Annual report on the working of the lock hospitals in the North-Western Provinces and Oudh
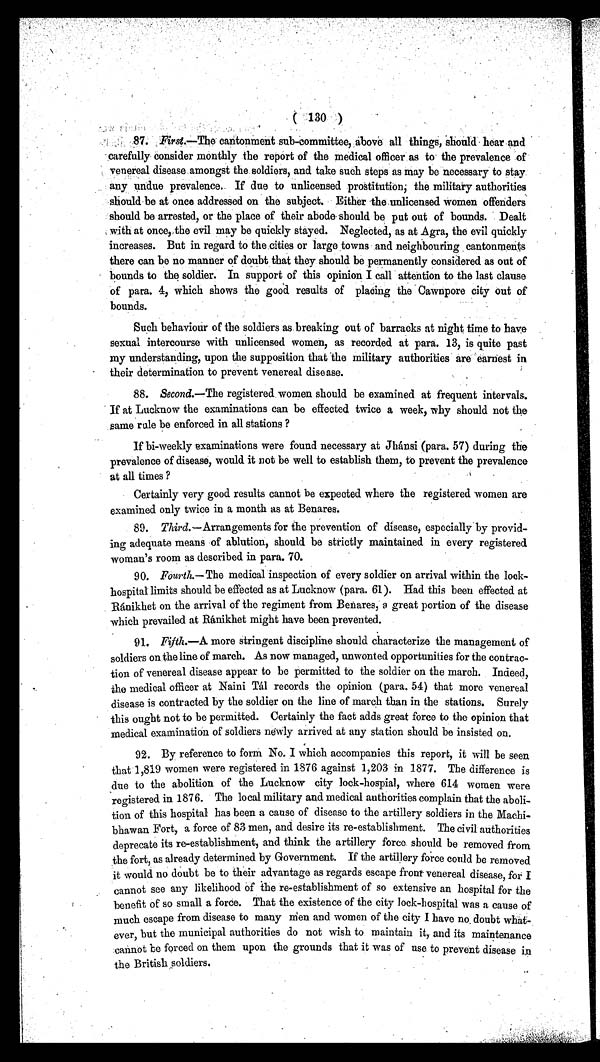
(130)
87. First.—The cantonment sub-committee, above all things, should hear and
carefully consider monthly the report of the medical officer as to the prevalence of
venereal disease amongst the soldiers, and take such steps as may be necessary to stay.
any undue prevalence. If due to unlicensed prostitution; the military authorities
should be at once addressed on the subject. Either the unlicensed women offenders
should be arrested, or the place of their abode should be put out of bounds. Dealt
with at once, the evil may be quickly stayed. Neglected, as at Agra, the evil quickly
increases. But in regard to the cities or large towns and neighbouring cantonments
there can be no manner of doubt that they should be permanently considered as out of
bounds to the soldier. In support of this opinion I call attention to the last clause
of para. 4, which shows the good results of placing the Cawnpore city out of
bounds.
Such behaviour of the soldiers as breaking out of barracks at night time to have
sexual intercourse with unlicensed women, as recorded at para. 13, is quite past
my understanding, upon the supposition that the military authorities are earnest in
their determination to prevent venereal disease.
88. Second.—The registered women should be examined at frequent intervals.
If at Lucknow the examinations can be effected twice a week, why should not the
same rule be enforced in all stations ?
If bi-weekly examinations were found necessary at Jhánsi (para. 57) during the
prevalence of disease, would it not be well to establish them, to prevent the prevalence
at all times ?
Certainly very good results cannot be expected where the registered women are
examined only twice in a month as at Benares.
89. Third.—Arrangements for the prevention of disease, especially by provid
ing adequate means of ablution, should be strictly maintained in every registered
woman's room as described in para. 70.
90. Fourth.— The medical inspection of every soldier on arrival within the lock-
hospital limits should be effected as at Lucknow (para. 61). Had this been effected at
Ránikhet on the arrival of the regiment from Benares, a great portion of the disease
which prevailed at Ránikhet might have been prevented.
91. Fifth.—A more stringent discipline should characterize the management of
soldiers on the line of march. As now managed, unwonted opportunities for the contrac
tion of venereal disease appear to be permitted to the soldier on the march. Indeed,
the medical officer at Naini Tál records the opinion (para. 54) that more venereal
disease is contracted by the soldier on the line of march than in the stations. Surely
this ought not to be permitted. Certainly the fact adds great force to the opinion that
medical examination of soldiers newly arrived at any station should be insisted on.
92. By reference to form No. I which accompanies this report, it will be seen
that 1,819 women were registered in 1876 against 1,203 in 1877. The difference is
due to the abolition of the Lucknow city lock-hospial, where 614 women were
registered in 1876. The local military and medical authorities complain that the aboli
tion of this hospital has been a cause of disease to the artillery soldiers in the Machi
bhawan Fort, a force of 83 men, and desire its re-establishment. The civil authorities
deprecate its re-establishment, and think the artillery force should be removed from
the fort, as already determined by Government. If the artillery force could be removed
it would no doubt be to their advantage as regards escape from venereal disease, for I
cannot see any likelihood of the re-establishment of so extensive an hospital for the
benefit of so small a force. That the existence of the city lock-hospital was a cause of
much escape from disease to many men and women of the city I have no doubt what
ever, but the municipal authorities do not wish to maintain it, and its maintenance
cannot be forced on them upon the grounds that it was of use to prevent disease in
the British soldiers.